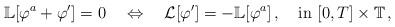
LaTeX: \begin{align*}\mathbb L[\varphi^a+\varphi^\prime]=0\quad\Leftrightarrow\quad\mathcal L[\varphi^\prime]=-\mathbb L [\varphi^a]\,,\quad\mbox{in}\,\,[0,T]\times\mathbb T\,,\end{align*}